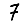
Digit: 7